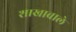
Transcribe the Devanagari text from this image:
शाखावाले